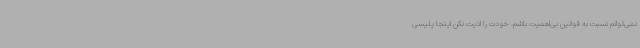
نمی‌توانم نسبت به قوانین بی‌اهمیت باشم. خودت را اذیت نکن اینجا پلیسی